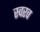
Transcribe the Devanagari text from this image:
स्वरव